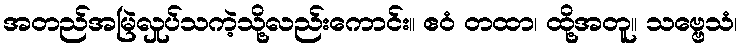
အတည်အမြဲလှုပ်သကဲ့သို့လည်းကောင်း။ ဧဝံ တထာ၊ ထို့အတူ။ သဗ္ဗေသံ၊